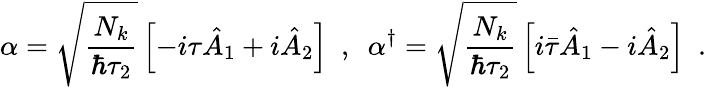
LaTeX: \alpha=\sqrt{\frac{N_{k}}{\hbar\tau_{2}}}\left[-i\tau\hat{A}_{1}+i\hat{A}_{2}\right]\ \ ,\ \ \alpha^{\dagger}=\sqrt{\frac{N_{k}}{\hbar\tau_{2}}}\left[i\bar{\tau}\hat{A}_{1}-i\hat{A}_{2}\right]\ \ .